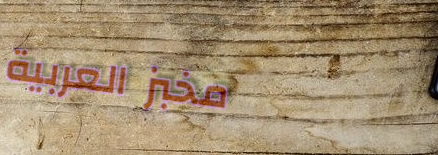
مخبز العربية